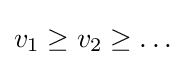
v_{1}\geq v_{2}\geq \dots